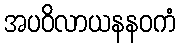
အပဝိလာယနနဝကံ